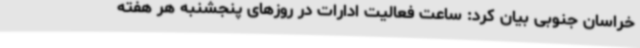
خراسان جنوبی بیان کرد: ساعت فعالیت ادارات در روزهای پنجشنبه هر هفته